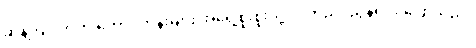
ဆန့်ကျင်ဘက် တောင်တန်းများ အရှေ့စူးစူးသို့ လက်ညှိုးညွန်ရင်း ပြောသည်။